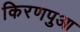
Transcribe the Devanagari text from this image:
किरणपुआ